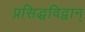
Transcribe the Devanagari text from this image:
प्रसिद्धविद्वान्